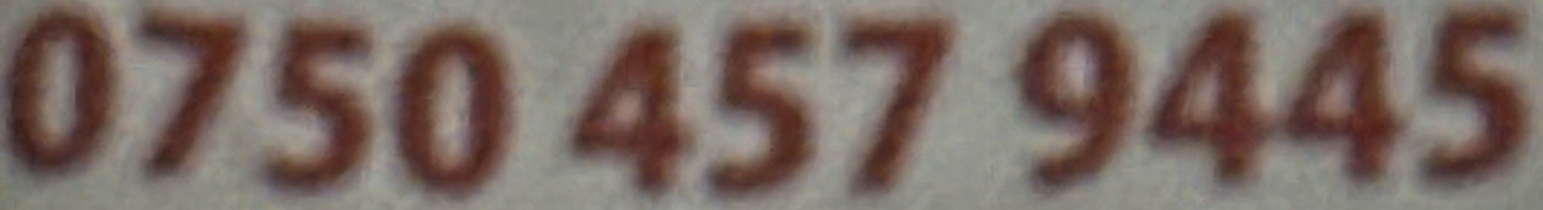
0750 457 9445